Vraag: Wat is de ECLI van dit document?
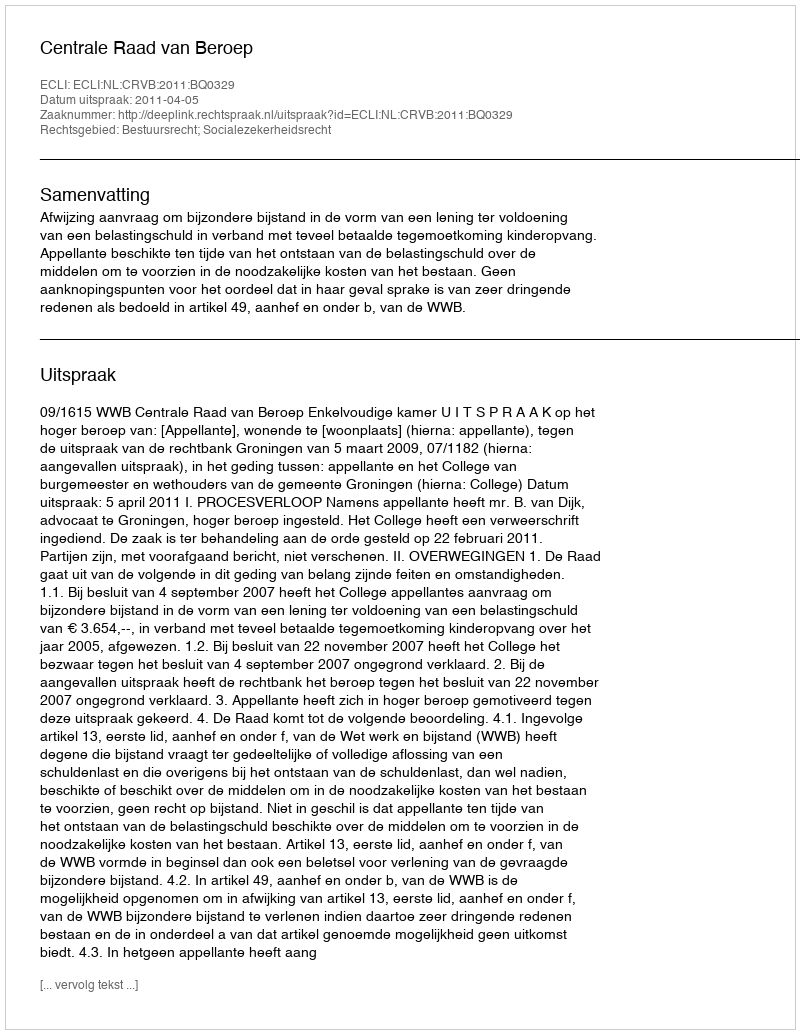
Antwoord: ECLI:NL:CRVB:2011:BQ0329